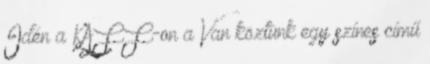
Idén a KAFF-on a Van köztünk egy színes című